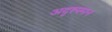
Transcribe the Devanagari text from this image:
अदृश्यमान